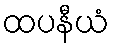
ထပနီယံ